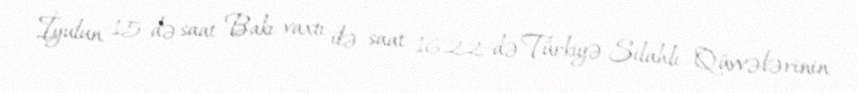
İyulun 15-də saat Bakı vaxtı ilə saat 16.22-də Türkiyə Silahlı Qüvvələrinin